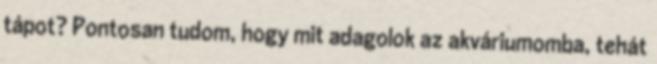
tápot? Pontosan tudom, hogy mit adagolok az akváriumomba, tehát